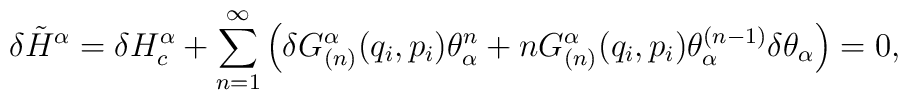
\delta \tilde H^\alpha = \delta H_c^\alpha + \sum_{n=1}^\infty \left(\delta G_{(n)}^\alpha(q_i,p_i)\theta^n_\alpha + n G_{(n)}^\alpha(q_i,p_i)\theta^{(n-1)}_\alpha\delta\theta_\alpha\right) = 0,